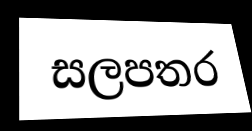
සලපතර